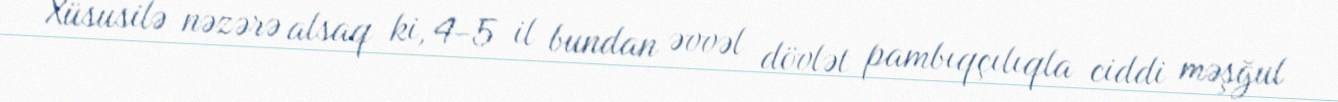
Xüsusilə nəzərə alsaq ki, 4-5 il bundan əvvəl dövlət pambıqçılıqla ciddi məşğul